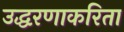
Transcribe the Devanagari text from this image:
उद्धरणाकरिता